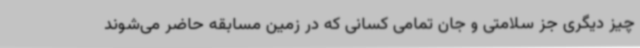
چیز دیگری جز سلامتی و جان تمامی کسانی که در زمین مسابقه حاضر می‌شوند